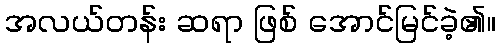
အလယ်တန်း ဆရာ ဖြစ် အောင်မြင်ခဲ့၏။